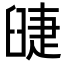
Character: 䑖